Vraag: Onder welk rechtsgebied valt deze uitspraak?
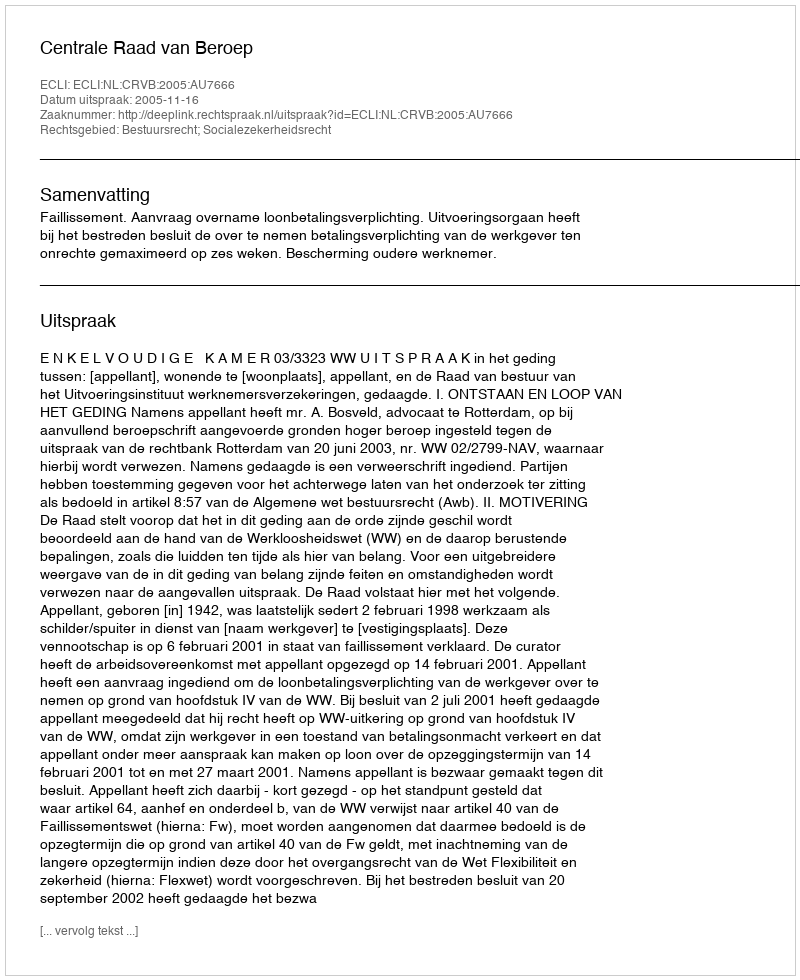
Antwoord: Bestuursrecht; Socialezekerheidsrecht